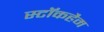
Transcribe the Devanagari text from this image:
स्टॉकहैम